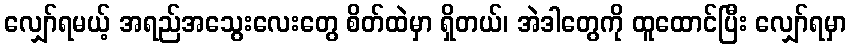
လျှော်ရမယ့် အရည်အသွေးလေးတွေ စိတ်ထဲမှာ ရှိတယ်၊ အဲဒါတွေကို ထူထောင်ပြီး လျှော်ရမှာ